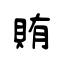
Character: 賄